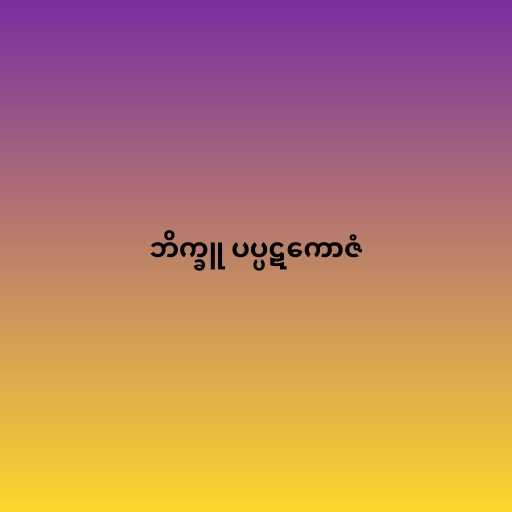
ဘိက္ခူ ပပ္ပဋကောဇံ